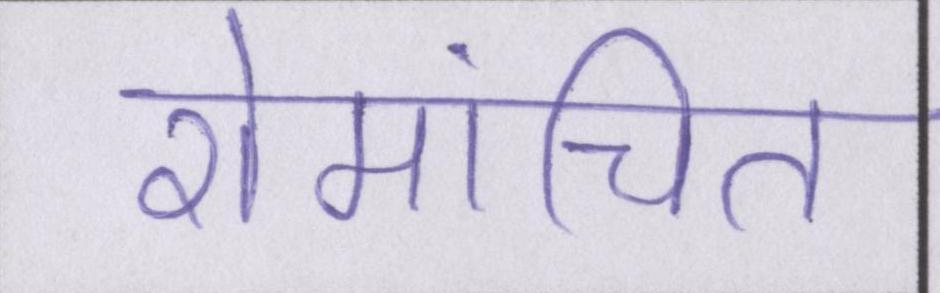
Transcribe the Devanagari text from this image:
रोमांचित